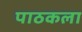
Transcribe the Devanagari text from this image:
पाठकला